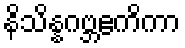
နိသိန္နဂဗ္ဘဧကိကာ